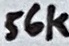
Text: 56k